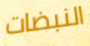
النبضات